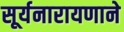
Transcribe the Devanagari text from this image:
सूर्यनारायणाने